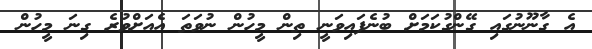
އެ ގާނޫނުގައި ގޭންގުކަމަށް ބުނެފައިވަނީ ތިން މީހުން ނުވަތަ އެއަށްވުރެ ގިނަ މީހުން